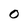
Character: 0